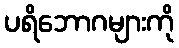
ပရိဘောဂများကို